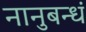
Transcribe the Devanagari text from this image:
नानुबन्धं